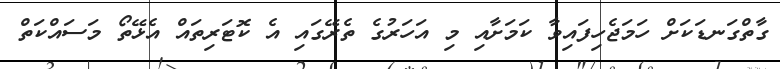
ގާތްގަނޑަކަށް ހަމަޖެހިފައިވާ ކަމަށާއި މި އަހަރުގެ ތެރޭގައި އެ ކޮޓަރިތައް އެޅޭތޯ މަސައްކަތް